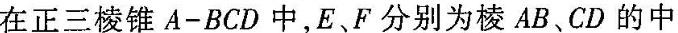
在正三棱锥A-BCD中，E、F分别为棱AB、CD的中